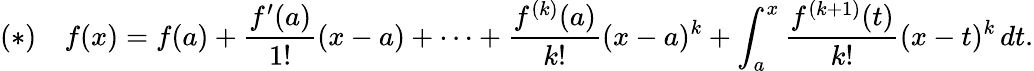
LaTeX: (*)\quad f(x)=f(a)+{\frac{f^{\prime}(a)}{1!}}(x-a)+\cdots+{\frac{f^{(k)}(a)}{k!}}(x-a)^{k}+\int_{a}^{x}{\frac{f^{(k+1)}(t)}{k!}}(x-t)^{k}\, dt.